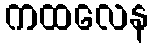
ကထလေန